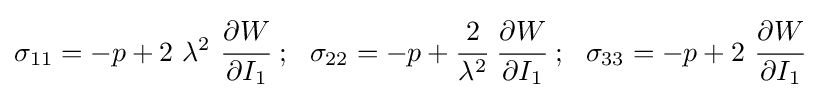
\sigma _{11}=-p+2~\lambda ^{2}~{\cfrac {\partial W}{\partial I_{1}}}~;~~\sigma _{22}=-p+{\cfrac {2}{\lambda ^{2}}}~{\cfrac {\partial W}{\partial I_{1}}}~;~~\sigma _{33}=-p+2~{\cfrac {\partial W}{\partial I_{1}}}~